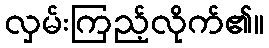
လှမ်းကြည့်လိုက်၏။